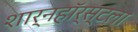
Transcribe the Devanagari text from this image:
शार्नहॉर्स्टला